Vaccination in Burma 1889-1999 - 1889-1999
Year: 1889
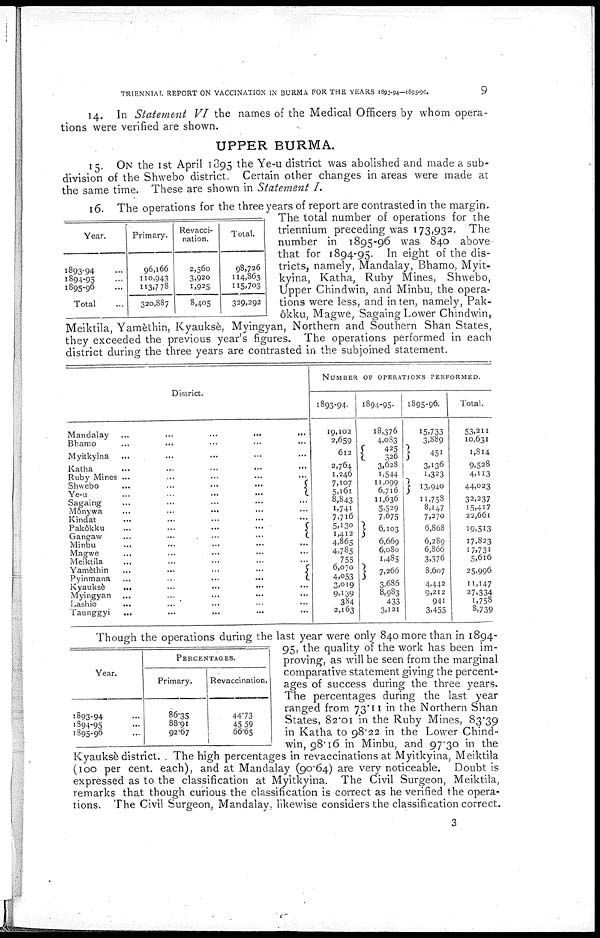
TRIENNIAL REPORT ON VACCINATION IN BURMA FOR THE YEARS 1893-94—1895-96.
9
14. In Statement VI the names of the Medical Officers by whom opera-
tions were verified are shown.
UPPER BURMA.
15. ON the 1st April 1895 the Ye-u district was abolished and made a sub-
division of the Shwebo district. Certain other changes in areas were made at
the same time. These are shown in Statement I.
Year.
1893-94 ...
1894-95 ...
1895-96 ...
Total ...
Primary.
96,166
110,943
113,778
320,887
Revacci-
nation.
2,560
3,920
1,925
8,405
Total.
98,726
114,863
115,703
329,292
16. The operations for the three years of report are contrasted in the margin.
The total number of operations for the
triennium preceding was 173,932. The
number in 1895-96 was 840 above-
that for 1894-95. In eight of the dis-
tricts, namely, Mandalay, Bhamo, Myit-
kyina, Katha, Ruby Mines, Shwebo,
Upper Chindwin, and Minbu, the opera-
tions were less, and in ten, namely, Pak-
ôkku, Magwe, Sagaing Lower Chindwin,
Meiktila, Yamèthin, Kyauksè, Myingyan, Northern and Southern Shan States,
they exceeded the previous year's figures. The operations performed in each
district during the three years are contrasted in the subjoined statement.
District.
Mandalay
...
...
...
...
...
Bhamo ... ... ... ... ...
Myitkyina ... ... ... ... ...
Katha ... ... ... ... ...
Ruby Mines ... ... ... ... ...
Shwebo
...
...
...
...
...
Ye-u
...
...
...
...
...
Sagaing ... ... ... ... ...
Mônywa ... ... ... ... ...
Kindat ... ... ... ... ...
Pakôkku
...
...
...
...
...
Gangaw
...
...
...
...
...
Minbu ... ... ... ... ...
Magwe ... ... ... ... ...
Meiktila ... ... ... ... ...
Yamèthin
...
...
...
...
...
Pyinmana
...
...
...
...
...
Kyauksè ... ... ... ... ...
Myingyan ... ... ... ... ...
Lashio ... ... ... ... ...
Taunggyi ... ... ... ... ...
NUMBER OF OPERATIONS PERFORMED.
1893-94.
19,102
2,659
612
2,764
1,246
7,107
5,161
8,843
1,741
7,716
5,130
1,412
4,865
4,785
755
6,070
4,053
3,019
9,139
384
2,163
1894-95.
18,376
4,083
425
326
3,628
1,544
11,099
6,716
11,636
5,529
7,675
6,103
6,669
6,080
1,485
7,266
3,686
8,983
433
3,121
1895-96.
15,733
3,889
451
3,136
1,323
13,940
11,758
8,147
7,270
6,868
6,289
6,866
3,376
8,607
4,442
9,212
941
3,455
Total.
53,211
10,631
1,814
9,528
4,113
44,023
32,237
15,417
22,661
19,513
17,823
17,731
5,616
25,996
11,147
27,334
1,758
8,739
Year.
1893-94 ...
1894-95 ...
1895-96 ...
PERCENTAGES.
Primary.
86.35
88.91
92.67
Revaccination.
44.73
45.59
66.65
Though the operations during the last year were only 840 more than in 1894-
95, the quality of the work has been im-
proving, as will be seen from the marginal
comparative statement giving the percent-
ages of success during the three years.
The percentages during the last year
ranged from 73.11 in the Northern Shan
States, 82.01 in the Ruby Mines, 83.39
in Katha to 98.22 in the Lower Chind-
win, 98.16 in Minbu, and 97.30 in the
Kyauksè district. The high percentages in revaccinations at Myitkyina, Meiktila
(100 per cent. each), and at Mandalay (90.64) are very noticeable. Doubt is
expressed as to the classification at Myitkyina. The Civil Surgeon, Meiktila,
remarks that though curious the classification is correct as he verified the opera-
tions. The Civil Surgeon, Mandalay, likewise considers the classification correct.
3